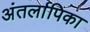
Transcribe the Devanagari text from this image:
अंतर्लापिका